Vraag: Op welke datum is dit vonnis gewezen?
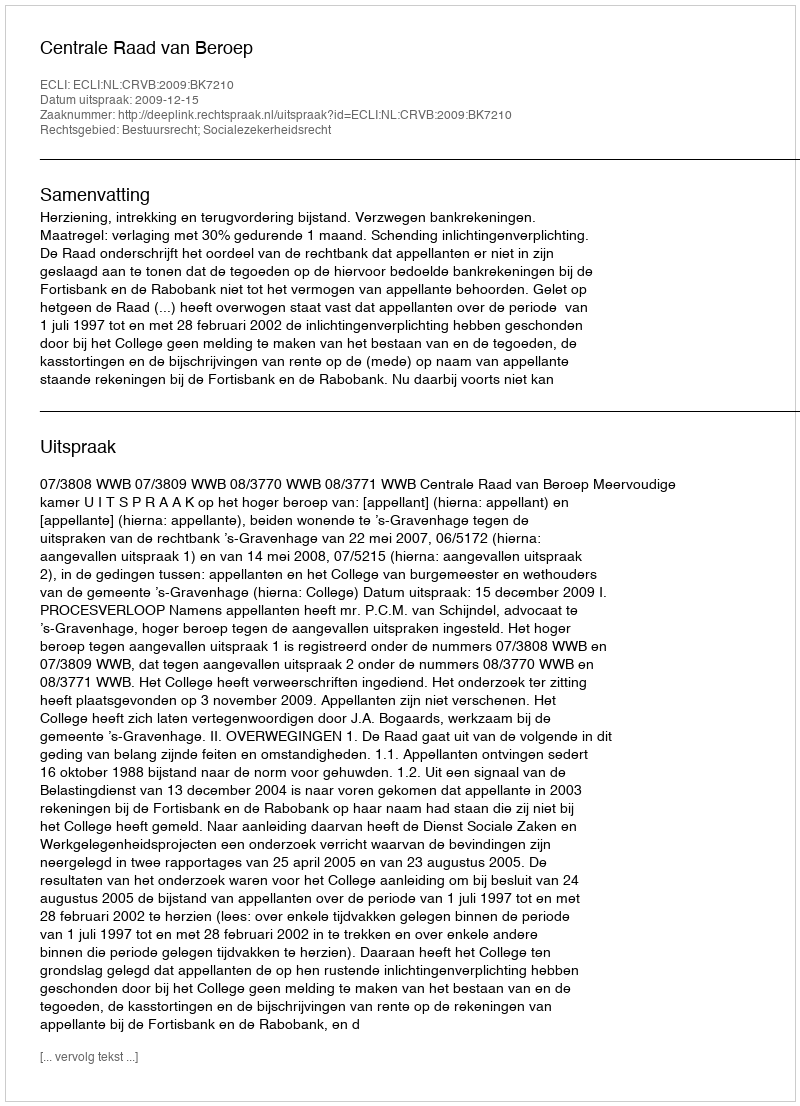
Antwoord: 2009-12-15